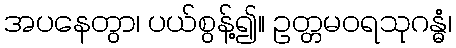
အပနေတွာ၊ ပယ်စွန့်၍။ ဥတ္တမဝရသုဂန္ဓံ၊